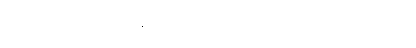
တရားကိုသိတော်မူပေ၏။ တွံ၊ အရှင်မင်းမြတ်သည်လျှင်။ သုမေဓော၊